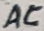
Text: AC